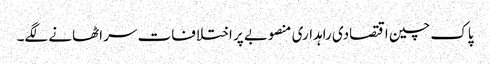
پاک چین اقتصادی راہداری منصوبے پر اختلافات سر اٹھانے لگے۔